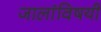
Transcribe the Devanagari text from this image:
जालांविषयी